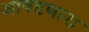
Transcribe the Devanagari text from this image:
आवडणारा